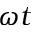
\omega t